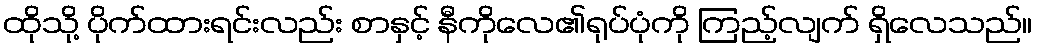
ထိုသို့ ပိုက်ထားရင်းလည်း စာနှင့် နီကိုလေ၏ရုပ်ပုံကို ကြည့်လျက် ရှိလေသည်။